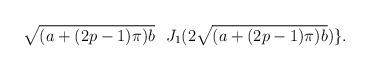
LaTeX: \begin{align*}\sqrt{(a+(2p-1)\pi)b} \ \ J_1(2 \sqrt{(a+(2p-1)\pi)b})\}.\end{align*}